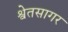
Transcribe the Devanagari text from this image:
श्वेतसागर